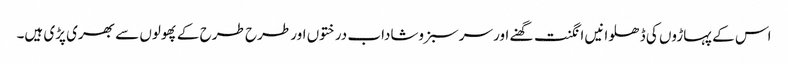
اس کے پہاڑوں کی ڈھلوانیں انگنت گھنے اور سرسبزوشاداب درختوں اور طرح طرح کے پھولوں سے بھری پڑی ہیں۔